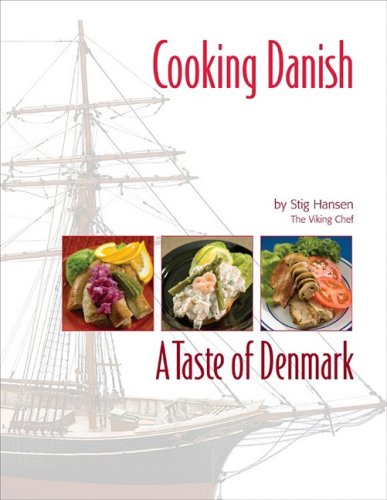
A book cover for Cooking Danish: A Taste of Denmark; Stig Hansen; Cookbooks, Food & Wine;